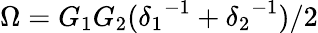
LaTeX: \Omega=G_{1}G_{2}({\delta_{1}}^{-1}+{\delta_{2}}^{-1})/2